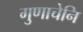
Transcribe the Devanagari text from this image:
गुणाचेनि